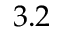
3 . 2